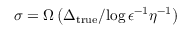
\sigma = \Omega \left( { \Delta _ { \mathrm { { t r u e } } } } / { \log { \epsilon ^ { - 1 } \eta ^ { - 1 } } } \right)